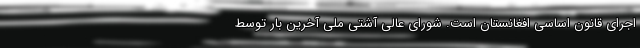
اجرای قانون اساسی افغانستان است. شورای عالی آشتی ملی آخرین بار توسط